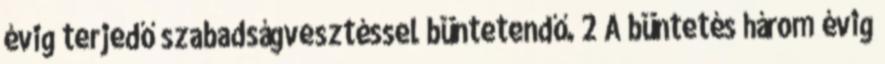
évig terjedő szabadságvesztéssel büntetendő. 2 A büntetés három évig